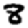
Digit: 8